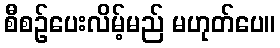
စီစဉ်ပေးလိမ့်မည် မဟုတ်ပေ။